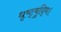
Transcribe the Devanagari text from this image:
धृष्ट्बुद्धि।